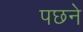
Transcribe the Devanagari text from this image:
पछने